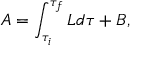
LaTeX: A = \int _ { \tau _ { i } } ^ { \tau _ { f } } L d \tau + B ,